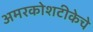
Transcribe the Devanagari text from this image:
अमरकोशटीकेचे